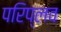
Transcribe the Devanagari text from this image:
परिप्लव